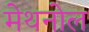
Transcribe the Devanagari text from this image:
मेथनोल